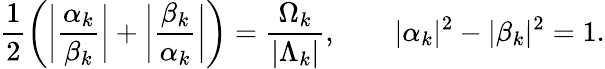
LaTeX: \frac{1}{2}\bigg(\bigg|\frac{\alpha_{{k}}}{\beta_{{k}}}\bigg|+\bigg|\frac{\beta_{{k}}}{\alpha_{{k}}}\bigg|\bigg)=\frac{\Omega_{{k}}}{|\Lambda_{{k}}|},\qquad|\alpha_{{k}}|^{2}-|\beta_{{k}}|^{2}=1.